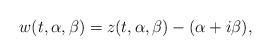
LaTeX: \begin{align*}w(t,\alpha,\beta) = z(t,\alpha,\beta) - (\alpha+i\beta),\end{align*}